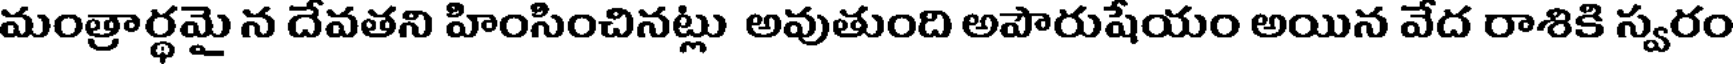
మంత్రార్థమై న దేవతని హింసించినట్లు అవుతుంది అపౌరుషేయం అయిన వేద రాశికి స్వరం